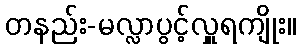
တနည်း-မလ္လာပွင့်လှူရကျိုး။